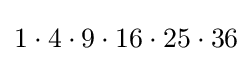
1\cdot 4\cdot 9\cdot 16\cdot 25\cdot 36